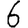
Digit: 6